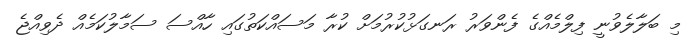
މި ބަލާލެވުނީ ފިލްމެއްގެ ފެންވަރު ރަނގަޅުކުރުމަށް ކުރާ މަސައްކަތުގައި ހާއްސަ ސަމާލުކަމެއް ދެވިއްޖެ